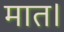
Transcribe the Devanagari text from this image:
मात।